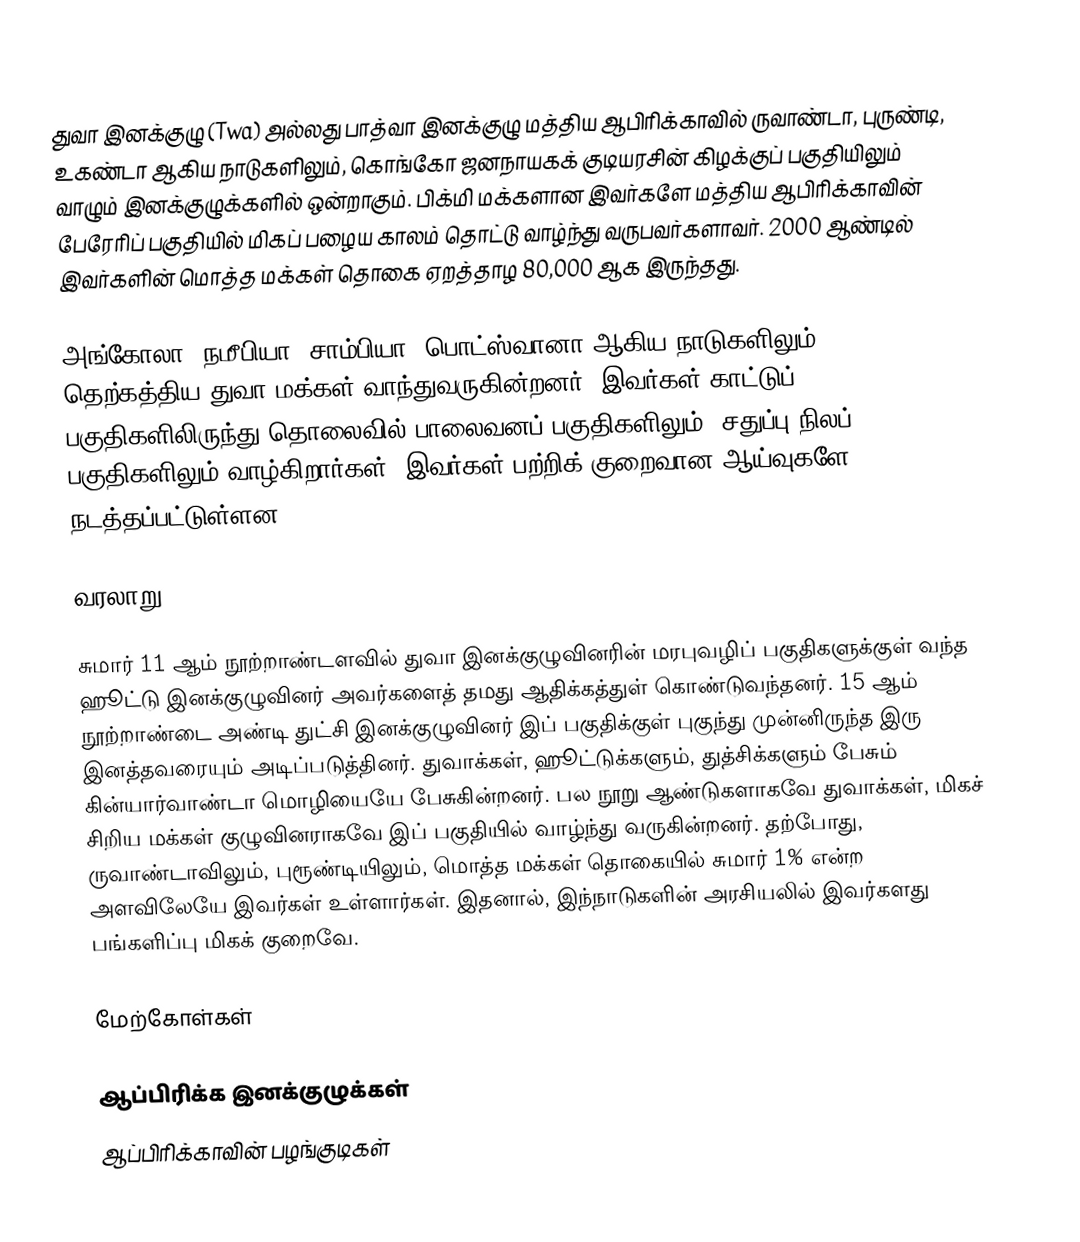
துவா இனக்குழு (Twa) அல்லது பாத்வா இனக்குழு மத்திய ஆபிரிக்காவில் ருவாண்டா, புருண்டி, உகண்டா ஆகிய நாடுகளிலும், கொங்கோ ஜனநாயகக் குடியரசின் கிழக்குப் பகுதியிலும் வாழும் இனக்குழுக்களில் ஒன்றாகும். பிக்மி மக்களான இவர்களே மத்திய ஆபிரிக்காவின் பேரேரிப் பகுதியில் மிகப் பழைய காலம் தொட்டு வாழ்ந்து வருபவர்களாவர். 2000 ஆண்டில் இவர்களின் மொத்த மக்கள் தொகை ஏறத்தாழ 80,000 ஆக இருந்தது.

அங்கோலா, நமீபியா, சாம்பியா, பொட்ஸ்வானா ஆகிய நாடுகளிலும் தெற்கத்திய துவா மக்கள் வாந்துவருகின்றனர். இவர்கள் காட்டுப் பகுதிகளிலிருந்து தொலைவில் பாலைவனப் பகுதிகளிலும், சதுப்பு நிலப் பகுதிகளிலும் வாழ்கிறார்கள். இவர்கள் பற்றிக் குறைவான ஆய்வுகளே நடத்தப்பட்டுள்ளன.

வரலாறு

சுமார் 11 ஆம் நூற்றாண்டளவில் துவா இனக்குழுவினரின் மரபுவழிப் பகுதிகளுக்குள் வந்த ஹூட்டு இனக்குழுவினர் அவர்களைத் தமது ஆதிக்கத்துள் கொண்டுவந்தனர். 15 ஆம் நூற்றாண்டை அண்டி துட்சி இனக்குழுவினர் இப் பகுதிக்குள் புகுந்து முன்னிருந்த இரு இனத்தவரையும் அடிப்படுத்தினர். துவாக்கள், ஹூட்டுக்களும், துத்சிக்களும் பேசும் கின்யார்வாண்டா மொழியையே பேசுகின்றனர். பல நூறு ஆண்டுகளாகவே துவாக்கள், மிகச் சிறிய மக்கள் குழுவினராகவே இப் பகுதியில் வாழ்ந்து வருகின்றனர். தற்போது, ருவாண்டாவிலும், புரூண்டியிலும், மொத்த மக்கள் தொகையில் சுமார் 1% என்ற அளவிலேயே இவர்கள் உள்ளார்கள். இதனால், இந்நாடுகளின் அரசியலில் இவர்களது பங்களிப்பு மிகக் குறைவே.

மேற்கோள்கள்

ஆப்பிரிக்க இனக்குழுக்கள்
ஆப்பிரிக்காவின் பழங்குடிகள்